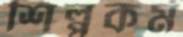
শিল্পকর্ম